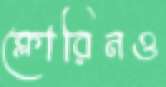
ক্লোরিনও